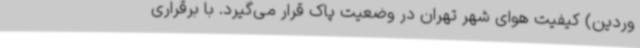
وردین) کیفیت هوای شهر تهران در وضعیت پاک قرار می‌گیرد. با برقراری